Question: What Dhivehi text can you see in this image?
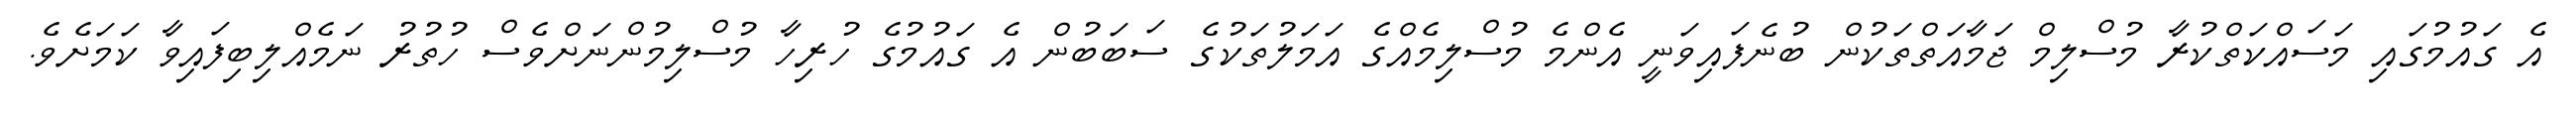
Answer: އެ ގައުމުގައި މަސައްކަތްކުރާ މުސްލިމް ޖަމާއަތްތަކުން ބުނެފައިވަނީ އެންމެ މުސްލިމެއްގެ އަމަލުތަކުގެ ސަބަބުން އެ ގައުމުގެ ހުރިހާ މުސްލިމުންނަށްވެސް ހުތުރު ނަމެއްލިބިފައިވާ ކަމަށެވެ.